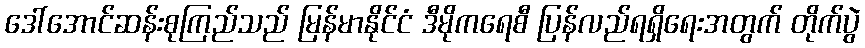
ဒေါ်အောင်ဆန်းစုကြည်သည် မြန်မာနိုင်ငံ ဒီမိုကရေစီ ပြန်လည်ရရှိရေးအတွက် တိုက်ပွဲ